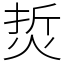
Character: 烲